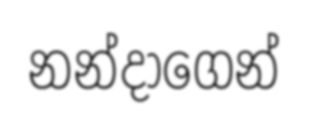
නන්දාගෙන්